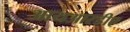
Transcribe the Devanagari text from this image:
आयआरडीए